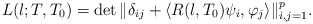
\begin{align*}L(\l; T,T_0)=\det\|\delta_{ij}+\langle R(\l,T_0)\psi_i,\varphi_j\rangle\|_{i,j=1}^p.\end{align*}